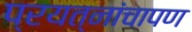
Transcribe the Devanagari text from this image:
प्रयत्नांचापण